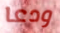
ودعا